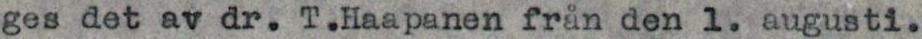
ges det av dr. T.Haapanen från den 1. augusti.